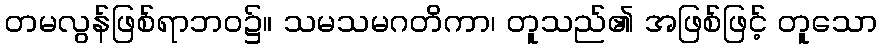
တမလွန်ဖြစ်ရာဘဝ၌။ သမသမဂတိကာ၊ တူသည်၏ အဖြစ်ဖြင့် တူသော